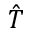
\hat { T }